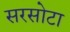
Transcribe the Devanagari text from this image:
सरसोटा